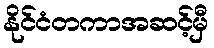
နိုင်ငံတကာအဆင့်မှီ